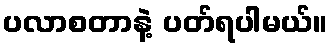
ပလာစတာနဲ့ ပတ်ရပါမယ်။